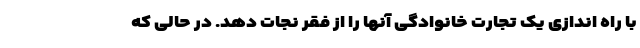
با راه اندازی یک تجارت خانوادگی آنها را از فقر نجات دهد. در حالی که